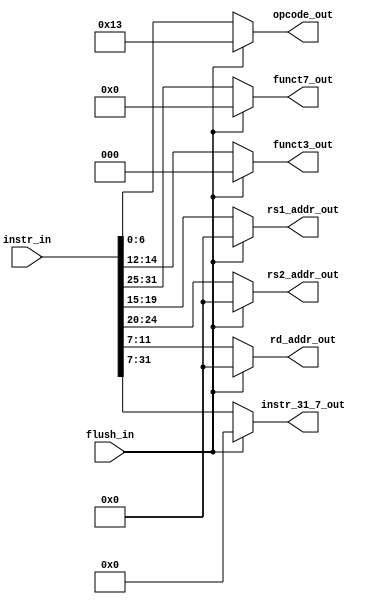
module instruction_mux(
    input flush_in,
    input [31:0] instr_in,
    output [6:0] opcode_out,
    output [2:0] funct3_out,
    output [6:0] funct7_out,
    output [4:0] rs1_addr_out,
    output [4:0] rs2_addr_out,
    output [4:0] rd_addr_out,
    // output [11:0] csr_addr_out,
    output [24:0] instr_31_7_out
    );
    
    wire [31:0]flush_out = 32'h0000_0013;
    
    assign opcode_out        = (flush_in) ? flush_out[6:0] : instr_in[6:0];
    assign funct3_out        = (flush_in) ? flush_out[14:12] : instr_in[14:12];
    assign funct7_out        = (flush_in) ? flush_out[31:25] : instr_in[31:25];
    assign rs1_addr_out      = (flush_in) ? flush_out[19:15] : instr_in[19:15];
    assign rs2_addr_out      = (flush_in) ? flush_out[24:20] : instr_in[24:20];
    assign rd_addr_out       = (flush_in) ? flush_out[11:7] : instr_in[11:7];
//  assign csr_addr_out      = (flush_in) ? flush_out[31:20] : instr_in[31:20];
    assign instr_31_7_out    = (flush_in) ? flush_out[31:7] : instr_in[31:7];
   
endmodule